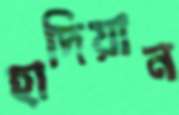
হাদিয়ান